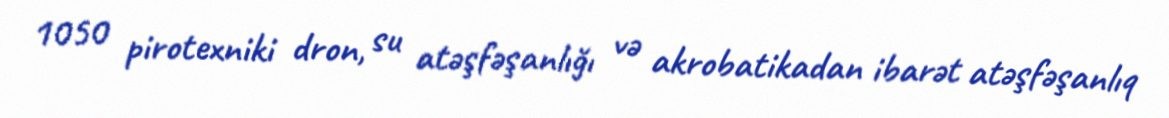
1050 pirotexniki dron, su atəşfəşanlığı və akrobatikadan ibarət atəşfəşanlıq